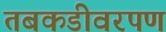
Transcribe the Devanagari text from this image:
तबकडीवरपण